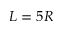
L = 5 R